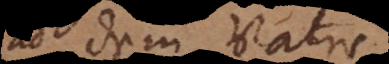
ad dem Vater